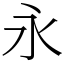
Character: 永